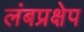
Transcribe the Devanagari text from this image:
लंबप्रक्षेप